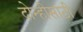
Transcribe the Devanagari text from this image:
दोन्हीसाठी